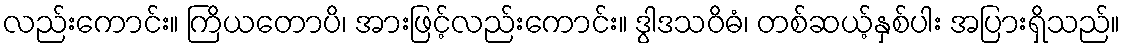
လည်းကောင်း။ ကြိယတောပိ၊ အားဖြင့်လည်းကောင်း။ ဒွါဒသဝိဓံ၊ တစ်ဆယ့်နှစ်ပါး အပြားရှိသည်။